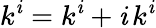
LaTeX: k^{\mathit{i}}=k^{\mathit{i}}+\mathit{i}\, k^{\mathit{i}}